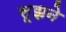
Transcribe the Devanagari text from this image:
सूझने